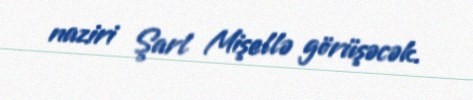
naziri Şarl Mişellə görüşəcək.